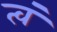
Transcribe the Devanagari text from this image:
त्वं